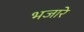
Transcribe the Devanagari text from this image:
भजारे